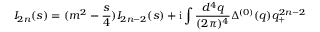
I _ { 2 n } ( s ) = ( m ^ { 2 } - \frac { s } { 4 } ) I _ { 2 n - 2 } ( s ) + \mathrm { i } \int \frac { d ^ { 4 } q } { ( 2 \pi ) ^ { 4 } } \Delta ^ { ( 0 ) } ( q ) q _ { + } ^ { 2 n - 2 }